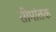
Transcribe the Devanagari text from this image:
सीमांतक